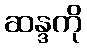
ဆန္ဒကို